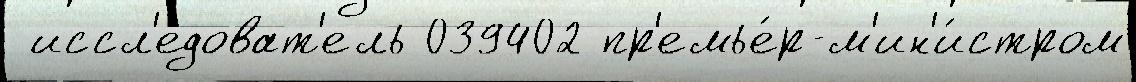
 иссл'е́доват'ель 039402 пр'емье́р-м'ин'и́стром